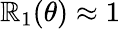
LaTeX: \mathbb{R}_{1}(\theta)\approx1